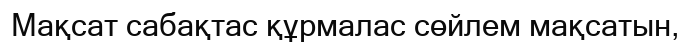
Мақсат сабақтас құрмалас сөйлем мақсатын,